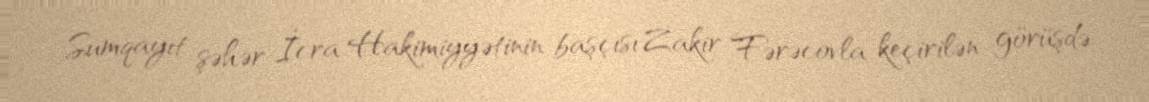
Sumqayıt şəhər İcra Hakimiyyətinin başçısı Zakir Fərəcovla keçirilən görüşdə